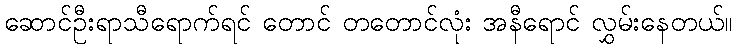
ဆောင်ဦးရာသီရောက်ရင် တောင် တတောင်လုံး အနီရောင် လွှမ်းနေတယ်။